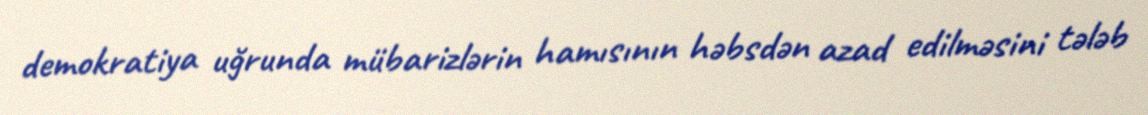
demokratiya uğrunda mübarizlərin hamısının həbsdən azad edilməsini tələb